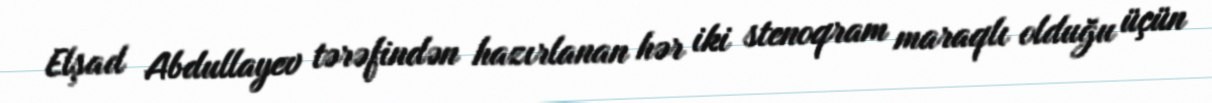
Elşad Abdullayev tərəfindən hazırlanan hər iki stenoqram maraqlı olduğu üçün